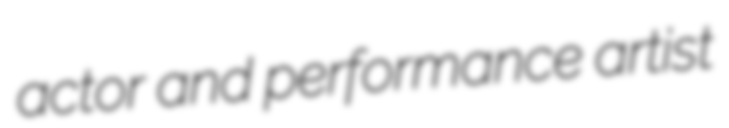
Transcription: actor and performance artist